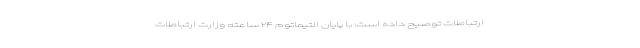
ارتباطات توصیح داده است: با پایان التیماتوم ۲۴ ساعته وزارت ارتباطات